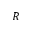
R